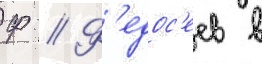
Ф // Ф'едос'еев в